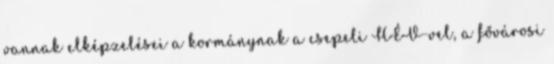
vannak elképzelései a kormánynak a csepeli HÉV-vel, a fővárosi